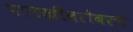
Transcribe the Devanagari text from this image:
पालखीबरोबरच